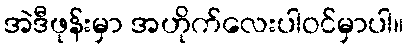
အဲဒီဖုန်းမှာ အဟိုက်လေးပါဝင်မှာပါ။